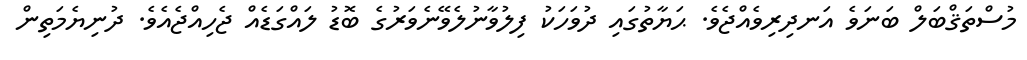
މުސްތަޤްބަލް ބަނަވެ އަނދިރިވެއްޖެވެ. ޙަޔާތުގައި ދުވަހަކު ފިލުވާނުލެވޭނެވަރުގެ ބޮޑު ލައްގަޑެއް ޖެހިއްޖެއެވެ. ދުނިޔެމަތިން